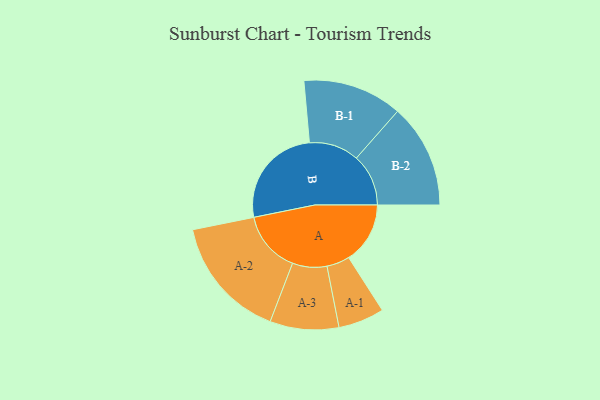
{"axis": {"x": "Segment", "y": "Value"}, "legend": ["", "A", "B"], "data": [{"x": "A", "y": 296, "type": ""}, {"x": "B", "y": 497, "type": ""}, {"x": "A-1", "y": 111, "type": "A"}, {"x": "A-2", "y": 297, "type": "A"}, {"x": "A-3", "y": 166, "type": "A"}, {"x": "B-1", "y": 240, "type": "B"}, {"x": "B-2", "y": 251, "type": "B"}]}